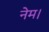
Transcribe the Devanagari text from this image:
नेम।